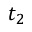
t _ { 2 }